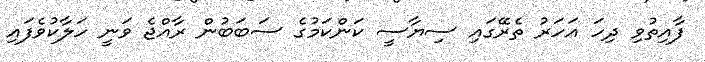
ފާއިތުވި ދިހަ އަހަރު ތެރޭގައި ސިޔާސީ ކަންކަމުގެ ސަބަބުން ރާއްޖެ ވަނީ ހަލާކުވެފައި